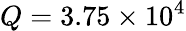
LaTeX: Q=3.75\times 10^{4}